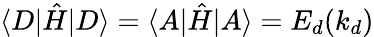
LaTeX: \langle D|\hat{H}|D\rangle=\langle A|\hat{H}|A\rangle=E_{d}(k_{d})